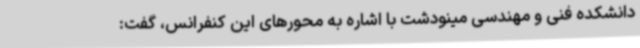
دانشکده فنی و مهندسی مینودشت با اشاره به محورهای این کنفرانس، گفت: